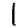
Digit: 1